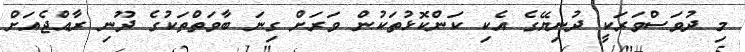
މި ދުވަސްވަރަކީ ދުނިޔޭގެ އެކި ކަންކޮޅުތަކުން ވަރަށް ގިނަ ބާވަތްތަކުގެ ދޫނި ރާއްޖެއަށް